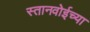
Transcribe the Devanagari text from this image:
स्तानवोईच्या